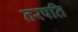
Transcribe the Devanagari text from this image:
तरपति